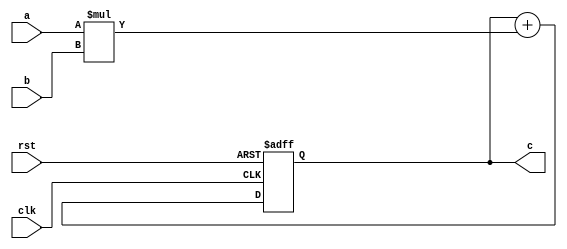
module pe(
    input clk,
    input rst,
    input [31:0] a,
    input [31:0] b,
    output reg [31:0] c
);

    // Temporary variable to hold the product of a and b
    wire [63:0] product;
    
    // Perform the multiplication of a and b
    assign product = a * b;
    
    always @(posedge clk or posedge rst) begin
        if (rst) begin
            // Reset the accumulator to 0 on reset signal
            c <= 32'd0;
        end else begin
            // Accumulate the product in the register c
            c <= c + product[31:0]; // Note: Truncating the product to 32 bits
        end
    end

endmodule